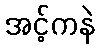
အင့်ကနဲ